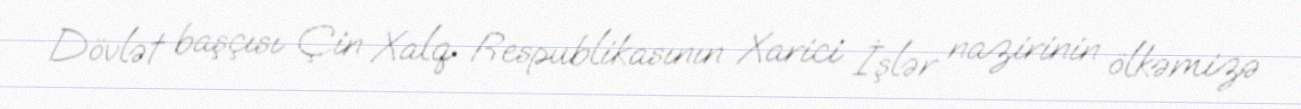
Dövlət başçısı Çin Xalq Respublikasının Xarici İşlər nazirinin ölkəmizə